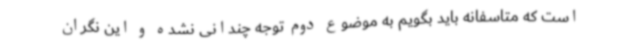
است که متاسفانه باید بگویم به موضوع دوم توجه چندانی نشده و این نگران